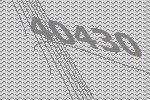
40430